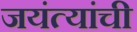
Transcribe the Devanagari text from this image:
जयंत्यांची